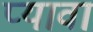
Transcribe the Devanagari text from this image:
प्यावा